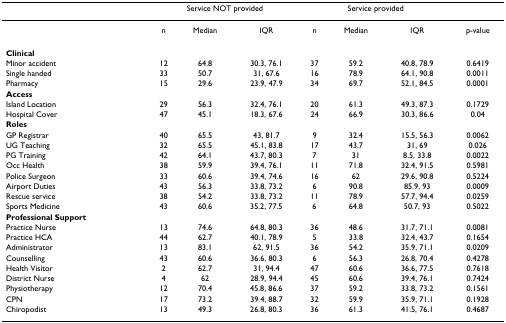
<table><thead><tr><td></td><td colspan="3"><b>Service NOT provided</b></td><td colspan="3"><b>Service provided</b></td><td></td></tr></thead><tbody><tr><td></td><td>n</td><td>Median</td><td>IQR</td><td>n</td><td>Median</td><td>IQR</td><td>p-value</td></tr><tr><td><b>Clinical</b></td><td></td><td></td><td></td><td></td><td></td><td></td><td></td></tr><tr><td>Minor accident</td><td>12</td><td>64.8</td><td>30.3, 76.1</td><td>37</td><td>59.2</td><td>40.8, 78.9</td><td>0.6419</td></tr><tr><td>Single handed</td><td>33</td><td>50.7</td><td>31, 67.6</td><td>16</td><td>78.9</td><td>64.1, 90.8</td><td>0.0011</td></tr><tr><td>Pharmacy</td><td>15</td><td>29.6</td><td>23.9, 47.9</td><td>34</td><td>69.7</td><td>52.1, 84.5</td><td>0.0001</td></tr><tr><td><b>Access</b></td><td></td><td></td><td></td><td></td><td></td><td></td><td></td></tr><tr><td>Island Location</td><td>29</td><td>56.3</td><td>32.4, 76.1</td><td>20</td><td>61.3</td><td>49.3, 87.3</td><td>0.1729</td></tr><tr><td>Hospital Cover</td><td>47</td><td>45.1</td><td>18.3, 67.6</td><td>24</td><td>66.9</td><td>30.3, 86.6</td><td>0.04</td></tr><tr><td><b>Roles</b></td><td></td><td></td><td></td><td></td><td></td><td></td><td></td></tr><tr><td>GP Registrar</td><td>40</td><td>65.5</td><td>43, 81.7</td><td>9</td><td>32.4</td><td>15.5, 56.3</td><td>0.0062</td></tr><tr><td>UG Teaching</td><td>32</td><td>65.5</td><td>45.1, 83.8</td><td>17</td><td>43.7</td><td>31, 69</td><td>0.026</td></tr><tr><td>PG Training</td><td>42</td><td>64.1</td><td>43.7, 80.3</td><td>7</td><td>31</td><td>8.5, 33.8</td><td>0.0022</td></tr><tr><td>Occ Health</td><td>38</td><td>59.9</td><td>39.4, 76.1</td><td>11</td><td>71.8</td><td>32.4, 91.5</td><td>0.5981</td></tr><tr><td>Police Surgeon</td><td>33</td><td>60.6</td><td>39.4, 74.6</td><td>16</td><td>62</td><td>29.6, 90.8</td><td>0.5224</td></tr><tr><td>Airport Duties</td><td>43</td><td>56.3</td><td>33.8, 73.2</td><td>6</td><td>90.8</td><td>85.9, 93</td><td>0.0009</td></tr><tr><td>Rescue service</td><td>38</td><td>54.2</td><td>33.8, 73.2</td><td>11</td><td>78.9</td><td>57.7, 94.4</td><td>0.0259</td></tr><tr><td>Sports Medicine</td><td>43</td><td>60.6</td><td>35.2, 77.5</td><td>6</td><td>64.8</td><td>50.7, 93</td><td>0.5022</td></tr><tr><td><b>Professional Support</b></td><td></td><td></td><td></td><td></td><td></td><td></td><td></td></tr><tr><td>Practice Nurse</td><td>13</td><td>74.6</td><td>64.8, 80.3</td><td>36</td><td>48.6</td><td>31.7, 71.1</td><td>0.0081</td></tr><tr><td>Practice HCA</td><td>44</td><td>62.7</td><td>40.1, 78.9</td><td>5</td><td>33.8</td><td>32.4, 43.7</td><td>0.1654</td></tr><tr><td>Administrator</td><td>13</td><td>83.1</td><td>62, 91.5</td><td>36</td><td>54.2</td><td>35.9, 71.1</td><td>0.0209</td></tr><tr><td>Counselling</td><td>43</td><td>60.6</td><td>36.6, 80.3</td><td>6</td><td>56.3</td><td>26.8, 70.4</td><td>0.4278</td></tr><tr><td>Health Visitor</td><td>2</td><td>62.7</td><td>31, 94.4</td><td>47</td><td>60.6</td><td>36.6, 77.5</td><td>0.7618</td></tr><tr><td>District Nurse</td><td>4</td><td>62</td><td>28.9, 94.4</td><td>45</td><td>60.6</td><td>39.4, 76.1</td><td>0.7424</td></tr><tr><td>Physiotherapy</td><td>12</td><td>70.4</td><td>45.8, 86.6</td><td>37</td><td>59.2</td><td>33.8, 73.2</td><td>0.1561</td></tr><tr><td>CPN</td><td>17</td><td>73.2</td><td>39.4, 88.7</td><td>32</td><td>59.9</td><td>35.9, 71.1</td><td>0.1928</td></tr><tr><td>Chiropodist</td><td>13</td><td>49.3</td><td>26.8, 80.3</td><td>36</td><td>61.3</td><td>41.5, 76.1</td><td>0.4687</td></tr></tbody></table>